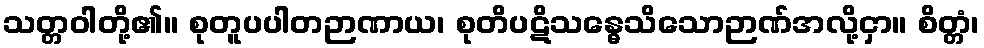
သတ္တဝါတို့၏။ စုတူပပါတဉာဏာယ၊ စုတိပဋိသန္ဓေသိသောဉာဏ်အလို့ငှာ။ စိတ္တံ၊